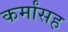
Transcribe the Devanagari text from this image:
कर्मांसह